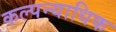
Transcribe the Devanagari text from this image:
कल्पन्याधिक